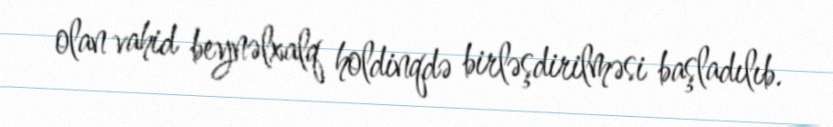
olan vahid beynəlxalq holdinqdə birləşdirilməsi başladılıb.